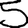
Digit: 5